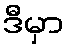
ဒီမှာ